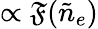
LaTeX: \propto\mathfrak{F}(\tilde{n}_{e})